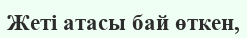
Жеті атасы бай өткен,